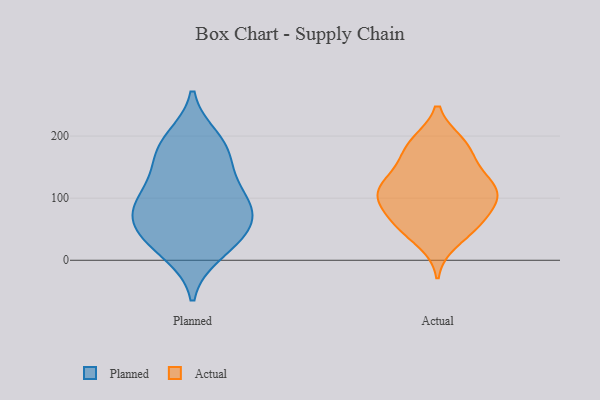
{"axis": {"x": "Production Output", "y": "Value"}, "legend": ["Actual", "Planned"], "data": [{"x": "", "y": 67, "type": "Planned"}, {"x": "", "y": 90, "type": "Planned"}, {"x": "", "y": 171, "type": "Planned"}, {"x": "", "y": 156, "type": "Planned"}, {"x": "", "y": 113, "type": "Planned"}, {"x": "", "y": 66, "type": "Planned"}, {"x": "", "y": 50, "type": "Planned"}, {"x": "", "y": 87, "type": "Planned"}, {"x": "", "y": 187, "type": "Planned"}, {"x": "", "y": 114, "type": "Planned"}, {"x": "", "y": 196, "type": "Planned"}, {"x": "", "y": 21, "type": "Planned"}, {"x": "", "y": 44, "type": "Planned"}, {"x": "", "y": 11, "type": "Planned"}, {"x": "", "y": 53, "type": "Actual"}, {"x": "", "y": 106, "type": "Actual"}, {"x": "", "y": 69, "type": "Actual"}, {"x": "", "y": 189, "type": "Actual"}, {"x": "", "y": 62, "type": "Actual"}, {"x": "", "y": 97, "type": "Actual"}, {"x": "", "y": 158, "type": "Actual"}, {"x": "", "y": 107, "type": "Actual"}, {"x": "", "y": 30, "type": "Actual"}, {"x": "", "y": 119, "type": "Actual"}, {"x": "", "y": 100, "type": "Actual"}, {"x": "", "y": 185, "type": "Actual"}, {"x": "", "y": 57, "type": "Actual"}, {"x": "", "y": 124, "type": "Actual"}, {"x": "", "y": 112, "type": "Actual"}, {"x": "", "y": 186, "type": "Actual"}, {"x": "", "y": 146, "type": "Actual"}]}